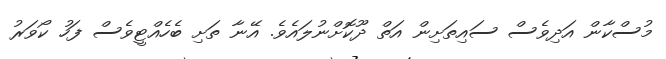
މުސްކާން އަދިވެސް ސައިތަށިން އަތް ދޫކޮށްނުލައެވެ. އޭނާ ތަށި ބެހެއްޓީވެސް ފަހު ކޯވަރު